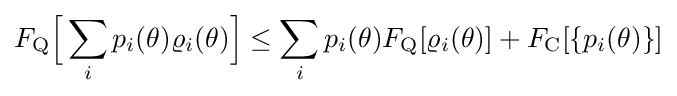
F_{\rm {Q}}{\Big [}\sum _{i}p_{i}(\theta )\varrho _{i}(\theta ){\Big ]}\leq \sum _{i}p_{i}(\theta )F_{\rm {Q}}[\varrho _{i}(\theta )]+F_{\rm {C}}[\{p_{i}(\theta )\}]